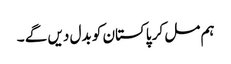
ہم مل کر پاکستان کو بدل دیں گے ۔